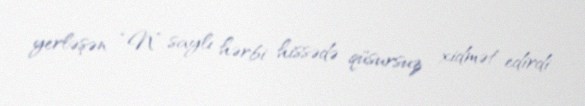
yerləşən “N” saylı hərbi hissədə qüsursuz xidmət edirdi.